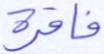
فاقرة